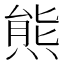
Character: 𱼑